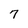
Character: 7